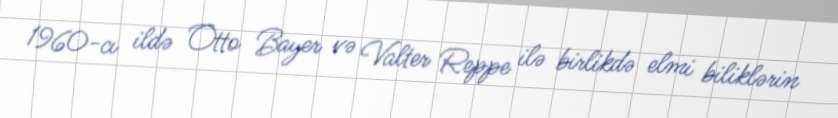
1960-cı ildə Otto Bayer və Valter Reppe ilə birlikdə elmi biliklərin